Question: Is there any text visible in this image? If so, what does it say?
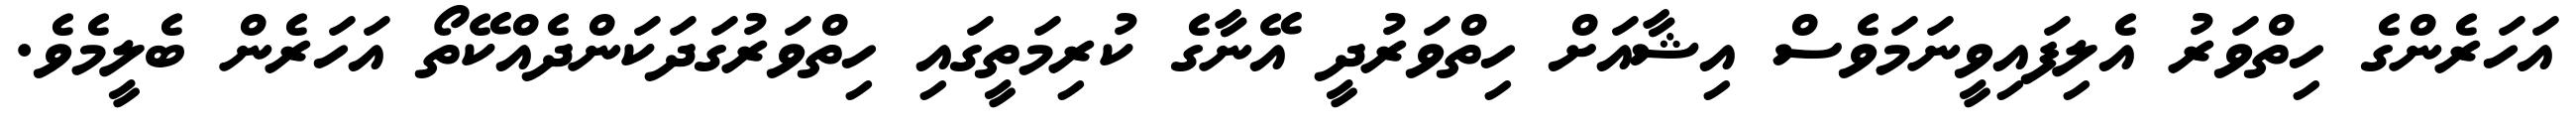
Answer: އަހަރެންގެ ހިތްވަރު އެލިފައިވީނަމަވެސް އިޝާއަށް ހިތްވަރުދީ އޭނާގެ ކުރިމަތީގައި ހިތްވަރުގަދަކަންދެއްކޭތޯ އަހަރެން ބެލީމެވެ.